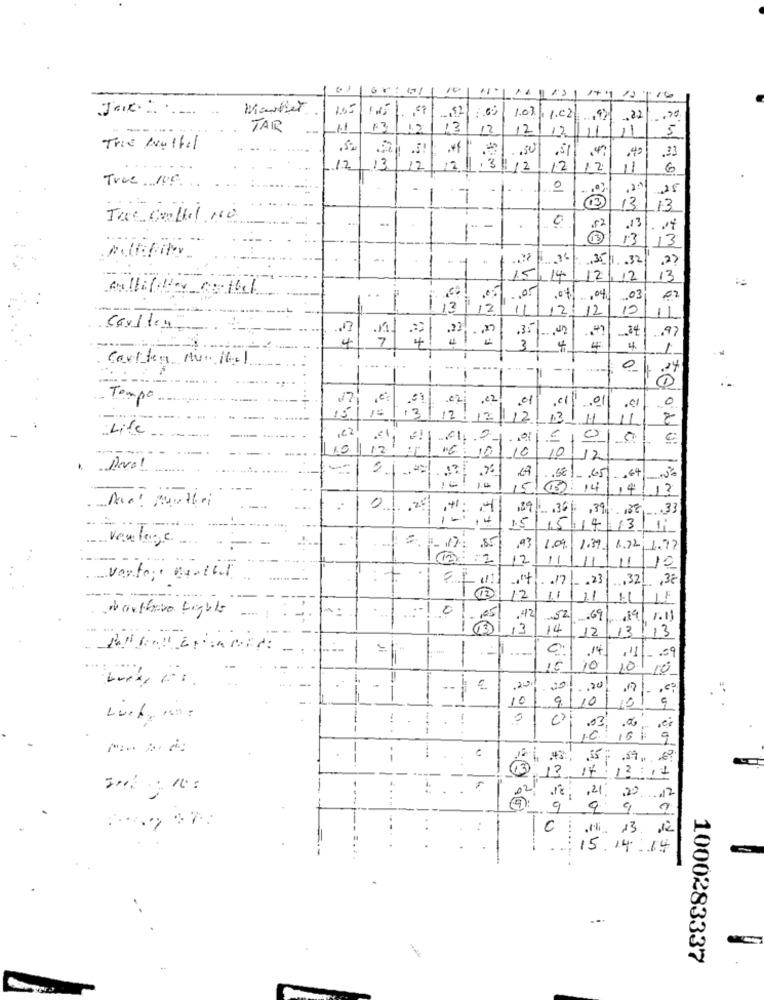
Jaic:
Market
1.05
1.03
1.02 ... 92
.22
...
TAIR
-
F 7
13
12
12/17
11
11
5
Tris Nultel
.5!
.40
.33
12
3
12
12
1.3
$ 12
12
12
11
6
Twee Ne ..
0
25
7
7
13/ 13
Twee callel No
..
0
t- -
.
.13
. 04
13
13
35/1 .. 32
14
.12
12
13
.03
02
1
ii
12
12
15
11
4
,35 -. 00
.97
2+
3
4
4
4
1
T
...
0
1
-
=
Tempo
.01
0
312 2
13/12
13
Life
0
C.
12
=
Devo!
......
6€1.65
.€4
15!
3: 14
14/13
Aha ! Mythei
89 .. . 365
,39
132.33
.---
15/15/14
3/ 11
van lege .... .-
6. 1-17: 857 .93
1.0%
1.39
1.22 1.77
12
11
11/12
... . . 17
- . 23
... 321 ,38
12
11
11/11
0
Martfaire Lights
-1051
.42
.69
19
13
14
12
13
13
C:
14
.111- 59
--
15
10
10 10
=
-
--
€.
.20
10
9/10/10/
0
.03
1.6 16 1 9
-
13
if
13:11
-
18: 21, 20 12
9
9 9 7
C : Mi. 13 12
......
15.14.14
1000283337